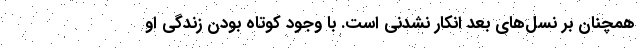
همچنان بر نسل‌های بعد انکار نشدنی است. با وجود کوتاه بودن زندگی او